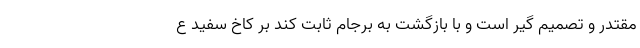
مقتدر و تصمیم گیر است و با بازگشت به برجام ثابت کند بر کاخ سفید ع